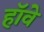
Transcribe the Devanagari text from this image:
हॉवे